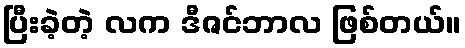
ပြီးခဲ့တဲ့ လက ဒီဇင်ဘာလ ဖြစ်တယ်။